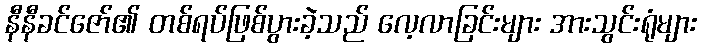
နီနီခင်ဇော်၏ တစ်ရပ်ဖြစ်ပွားခဲ့သည် လေ့လာခြင်းများ အားသွင်းရုံများ